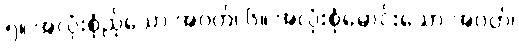
၅။ အလုံးစုံညိုသော အဝတ်၊ ၆။ အလုံးစုံမောင်းသော အဝတ်၊